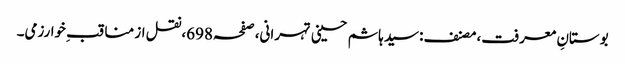
بوستانِ معرفت،مصنف:سید ہاشم حسینی تہرانی،صفحہ698،نقل از مناقب ِخوارزمی۔